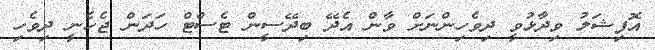
އޮފިޝަލު ވިދާޅުވީ ދިވެހިންނަށް ވާން އެދޭ ބިދޭސީން ޓެސްޓް ހަދަން ޖެހެނީ ދިވެހި